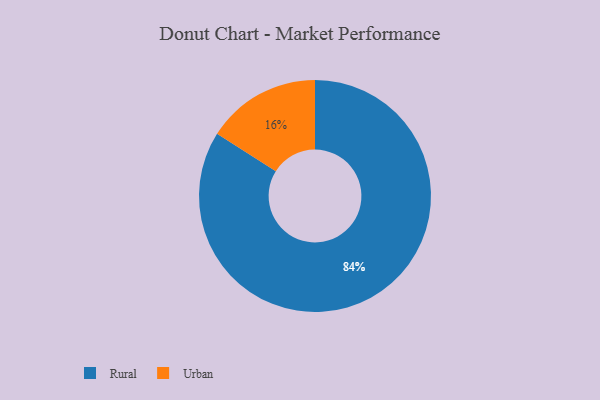
{"axis": {"x": "Category", "y": "Percentage"}, "legend": ["Rural", "Urban"], "data": [{"x": "Urban", "y": 16, "type": "Urban"}, {"x": "Rural", "y": 84, "type": "Rural"}]}